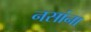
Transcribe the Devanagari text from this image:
नसांना